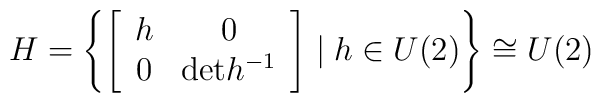
H=\left\{\left[\begin{array}{cc}h & 0 \\ 0  &\mathrm{det}h^{-1}\end{array}\right]\mid{h}\in{U}(2)\right\}\cong U(2)